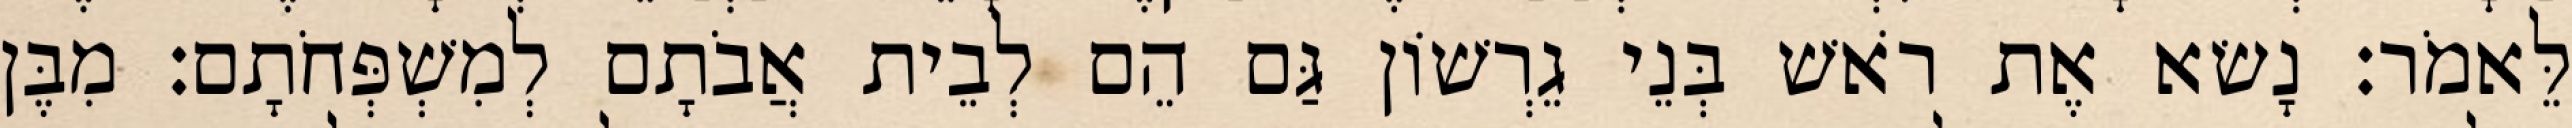
לֵּאמֹר׃ נָשׂא אֶת רֹאשׁ בְּנֵי גֵרְשׁוֹן גַּם הֵם לְבֵית אֲבֹתָם לְמִשְׁפְּחֹתָם׃ מִבֶּן